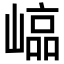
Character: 𡻫